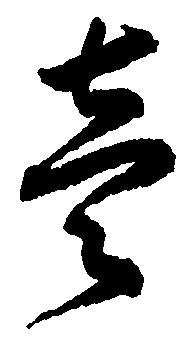
壱